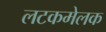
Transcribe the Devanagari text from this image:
लटकमेलक